Report on horse surra - Volume I
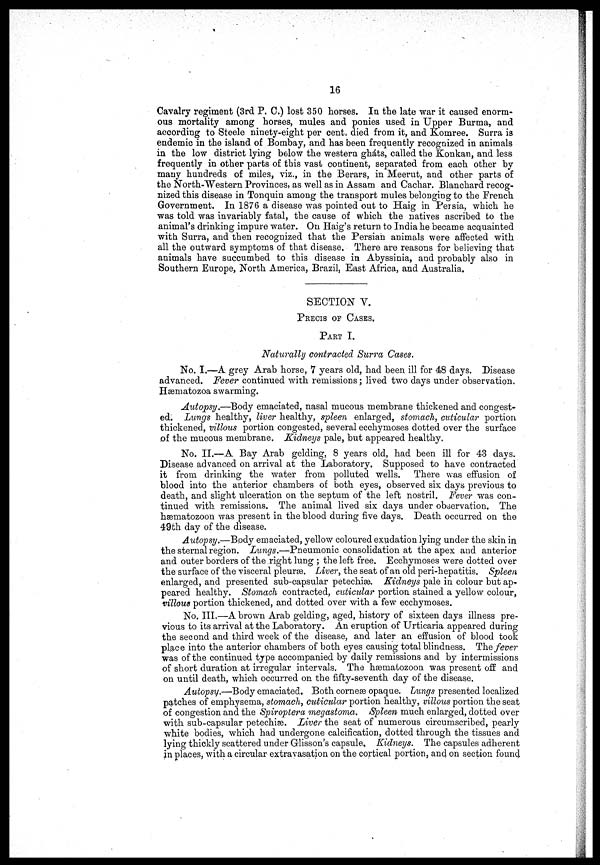
16
Cavalry regiment (3rd P. 0.) lost 350 horses. In the late war it caused enorm-
ous mortality among horses, mules and ponies used in Upper Burma, and
according to Steele ninety-eight per cent. died from it, and Komree. Surra is
endemic in the island of Bombay, and has been frequently recognized in animals
in the low district lying below the western gháts, called the Konkan, and less
frequently in other parts of this vast continent, separated from each other by
many hundreds of miles, viz., in the Berars, in Meerut, and other parts of
the North-Western Provinces, as well as in Assam and Cachar. Blanchard recog-
nized this disease in Tonquin among the transport mules belonging to the French
Government. In 1876 a disease was pointed out to Haig in Persia, which he
was told was invariably fatal, the cause of which the natives ascribed to the
animal's drinking impure water. On Haig's return to India he became acquainted
with Surra, and then recognized that the Persian animals were affected with
all the outward symptoms of that disease. There are reasons for believing that
animals have succumbed to this disease in Abyssinia, and probably also in
Southern Europe, North America, Brazil, East Africa, and Australia,
SECTION V.
PRECIS OF CASES.
PART I.
Naturally contracted Surra Cases.
No. 1.—A grey Arab horse, 7 years old, had been ill for 48 days. Disease
advanced. Fever continued with remissions ; lived two days under observation.
Hæmatozoa swarming.
Autopsy.—Body emaciated, nasal mucous membrane thickened and congest-
ed. Lungs healthy, liver healthy, spleen enlarged, stomach, cuticular portion
thickened, villous portion congested, several ecchymoses dotted over the surface
of the mucous membrane. Kidneys pale, but appeared healthy.
No. 11.—A Bay Arab gelding, 8 years old, had been ill for 43 days.
Disease advanced on arrival at the Laboratory. Supposed to have contracted
it from drinking the water from polluted wells. There was effusion of
blood into the anterior chambers of both eyes, observed six days previous to
death, and slight ulceration on the septum of the left nostril. Fever was con-
tinued with remissions. The animal lived six days under observation. The
hæmatozoon was present in the blood during five days. Death occurred on the
49th day of the disease.
Autopsy.—Body emaciated, yellow coloured exudation lying under the skin in
the sternal region. Lungs.—Pneumonic consolidation at the apex and anterior
and outer borders of the right lung ; the left free. Ecchymoses were dotted over
the surface of the visceral pleuræ. Liver, the seat of an old peri-hepatitis. Spleen
enlarged, and presented sub-capsular petechias. Kidneys pale in colour but ap-
peared healthy. Stomach contracted, cuticular portion stained a yellow colour,
villous portion thickened, and dotted over with a few ecchymoses.
No. III.—A brown Arab gelding, aged, history of sixteen days illness pre-
vious to its arrival at the Laboratory. An eruption of Urticaria appeared during
the second and third week of the disease, and later an effusion of blood took
place into the anterior chambers of both eyes causing total blindness. The fever
was of the continued type accompanied by daily remissions and by intermissions
of short duration at irregular intervals. The hæmatozoon was present off and
on until death, which occurred on the fifty-seventh day of the disease.
Autopsy.—Body emaciated. Both corneæ opaque. Lungs presented localized
patches of emphysema, stomach, cuticular portion healthy, villous portion the seat
of congestion and the Spiroptera megastoma. Spleen much enlarged, dotted over
with sub-capsular petechias. Liver the seat of numerous circumscribed, pearly
white bodies, which had undergone calcification, dotted through the tissues and
lying thickly scattered under Glisson's capsule, Kidneys. The capsules adherent
jn places, with a circular extravasation on the cortical portion, and on section found